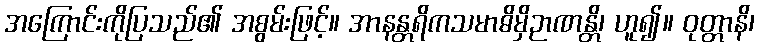
အကြောင်းကိုပြသည်၏ အစွမ်းဖြင့်။ အာနန္တရိကသမာဓိမှိဉာဏန္တိ၊ ဟူ၍။ ဝုတ္တာနိ၊